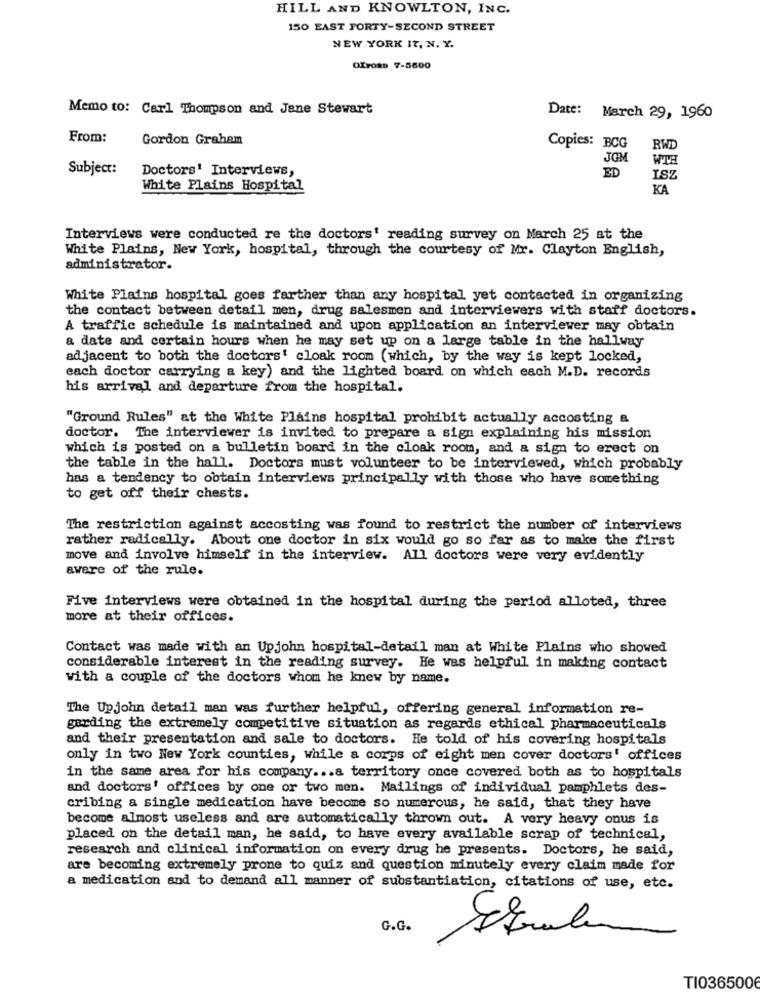
HILL AND KNOWLTON, INC.
150 EAST FORTY-SECOND STREET
NEW YORK IT, N. Y.
OXFORD 7-5600
Memo to: Carl Thompson and Jane Stewart
Date: March 29, 1960
From:
Gordon Graham
Copies: BCG
RWD
JOM
WTH
Subject:
Doctors' Interviews,
ED
ISZ
White Plains Hospital
KA
Interviews were conducted re the doctors' reading survey on March 25 at the
White Plains, New York, hospital, through the courtesy of Mr. Clayton English,
administrator.
White Plains hospital goes farther than any hospital yet contacted in organizing
the contact between detail men, drug salesmen and interviewers with staff doctors.
A traffic schedule is maintained and upon application an interviewer may obtain
a date and certain hours when he may set up on a large table in the hallway
adjacent to both the doctors' cloak room (which, by the way is kept locked,
each doctor carrying a key) and the lighted board on which each M.D. records
his arrival and departure from the hospital.
"Ground Rules" at the White Plains hospital prohibit actually accosting &
doctor. The interviewer is invited to prepare a sign explaining his mission
which is posted on a bulletin board in the cloak room, and a sign to erect on
the table in the hall. Doctors must volunteer to be interviewed, which probably
has a tendency to obtain interviews principally with those who have something
to get off their chests.
The restriction against accosting was found to restrict the number of interviews
rather radically. About one doctor in six would go so far as to make the first
move and involve himself in the interview. All doctors were very evidently
aware of the rule.
Five interviews were obtained in the hospital during the period alloted, three
more at their offices.
Contact was made with an Upjohn hospital-detail man at White Plains who showed
considerable interest in the reading survey. He was helpful in making contact
with a couple of the doctors whom he knew by name.
The Upjohn detail man was further helpful, offering general information re-
garding the extremely competitive situation as regards ethical pharmaceuticals
and their presentation and sale to doctors. He told of his covering hospitals
only in two New York counties, while a corps of eight men cover doctors' offices
in the same area for his company ... a territory once covered both as to hospitals
and doctors' offices by one or two men. Mailings of individual pamphlets des-
cribing a single medication have become so numerous, he said, that they have
become almost useless and are automatically thrown out. A very heavy onus is
placed on the detail man, he said, to have every available scrap of technical,
research and clinical information on every drug he presents. Doctors, he said,
are becoming extremely prone to quiz and question minutely every claim made for
a medication and to demand all manner of substantiation, citations of use, etc.
G.G.
TI036500